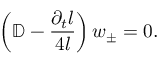
\left( \mathbb { D } - \frac { \partial _ { t } l } { 4 l } \right) \boldsymbol { w } _ { \pm } = 0 .